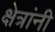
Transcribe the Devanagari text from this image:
क्षेत्रांनी